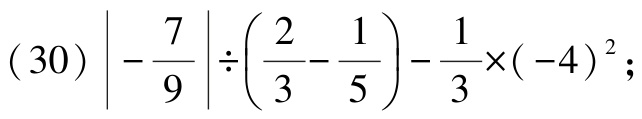
\((30)\left|-\frac{7}{9}\right|\div\left(\frac{2}{3}-\frac{1}{5}\right)-\frac{1}{3}\times(-4)^{2};\)